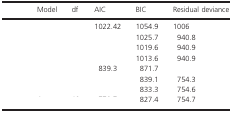
<table><thead><tr><td>[EMPTY_CELL]</td><td><b>Model</b></td><td><b>df</b></td><td><b>AIC</b></td><td><b>BIC</b></td><td><b>Residual deviance</b></td></tr></thead><tbody><tr><td rowspan="4">[EMPTY_CELL]</td><td>[EMPTY_CELL]</td><td>[EMPTY_CELL]</td><td>1022.42</td><td>1054.9</td><td>1006</td></tr><tr><td>[EMPTY_CELL]</td><td>[EMPTY_CELL]</td><td>[EMPTY_CELL]</td><td>1025.7</td><td>940.8</td></tr><tr><td>[EMPTY_CELL]</td><td>[EMPTY_CELL]</td><td>[EMPTY_CELL]</td><td>1019.6</td><td>940.9</td></tr><tr><td>[EMPTY_CELL]</td><td>[EMPTY_CELL]</td><td>[EMPTY_CELL]</td><td>1013.6</td><td>940.9</td></tr><tr><td rowspan="4">[EMPTY_CELL]</td><td>[EMPTY_CELL]</td><td>[EMPTY_CELL]</td><td>839.3</td><td>871.7</td><td>[EMPTY_CELL]</td></tr><tr><td>[EMPTY_CELL]</td><td>[EMPTY_CELL]</td><td>[EMPTY_CELL]</td><td>839.1</td><td>754.3</td></tr><tr><td>[EMPTY_CELL]</td><td>[EMPTY_CELL]</td><td>[EMPTY_CELL]</td><td>833.3</td><td>754.6</td></tr><tr><td>[EMPTY_CELL]</td><td>[EMPTY_CELL]</td><td>[EMPTY_CELL]</td><td>827.4</td><td>754.7</td></tr></tbody></table>